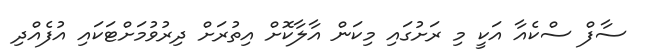
ސާފް ސްކެއާ އަކީ މި ރަށުގައި މިކަން އާލާކޮށް އިތުރަށް ދިރުވުމަށްޓަކައި އުފެއްދި